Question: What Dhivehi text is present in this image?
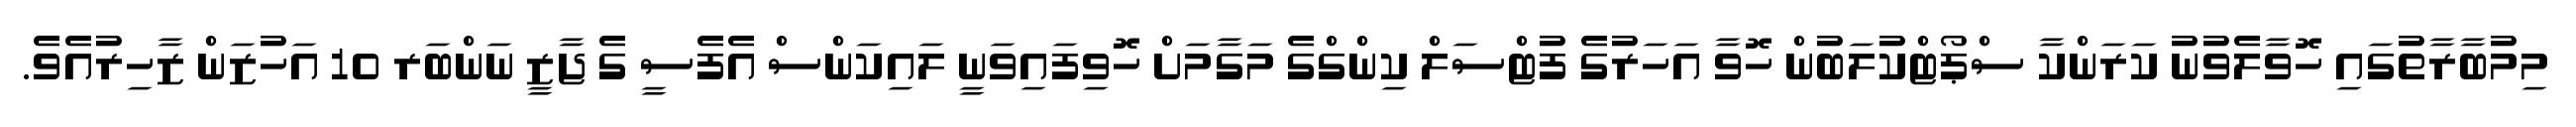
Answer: މިމުބާރާތުގައި ހޮވާލެވުނު ކަރަންކާ ސްޕޯޓްކުލަބުން ހޮވާ އަހަރުގެ ފުޓްސަލް ކިންގްގެ މަގާމަށް ހޮވިފައިވަނީ ލައިކަންސް އެފެސީ ގެ ޖާޒީ ނަންބަރ 10 އަހުޒަން ޒާހިރުއެވެ.